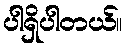
ပါရှိပါတယ်။